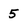
Character: 5